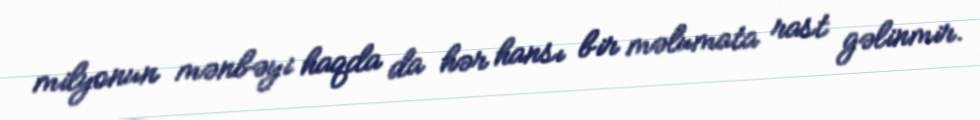
milyonun mənbəyi haqda da hər hansı bir məlumata rast gəlinmir.